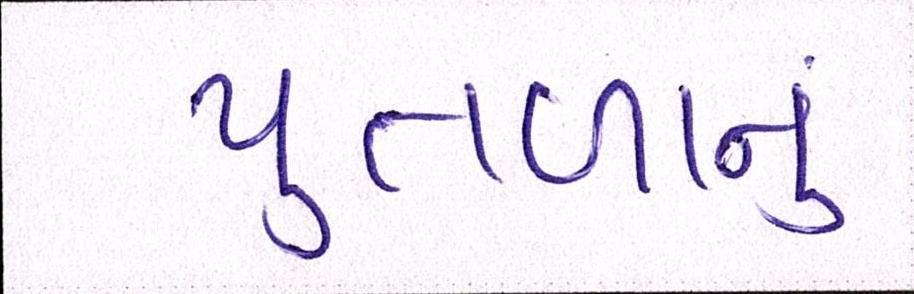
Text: પુતળાનું